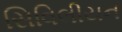
સિવિલીયન